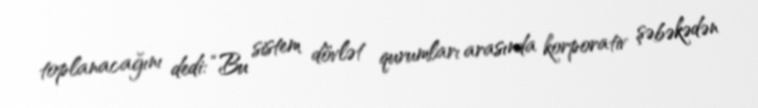
toplanacağını dedi: “Bu sistem dövlət qurumları arasında korporativ şəbəkədən